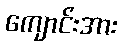
ကျောင်းအား